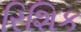
રિશિક